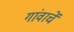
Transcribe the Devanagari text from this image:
गांवाचें